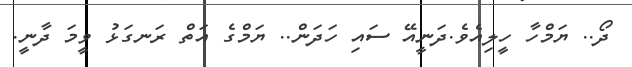
ދޯ.. ޔަމްހާ ހީލިއެވެ.ދަނީއޭ ސައި ހަދަން.. ޔަމްގެ އަތް ރަނގަޅު ވީމަ ދާނީ.